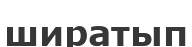
ширатып